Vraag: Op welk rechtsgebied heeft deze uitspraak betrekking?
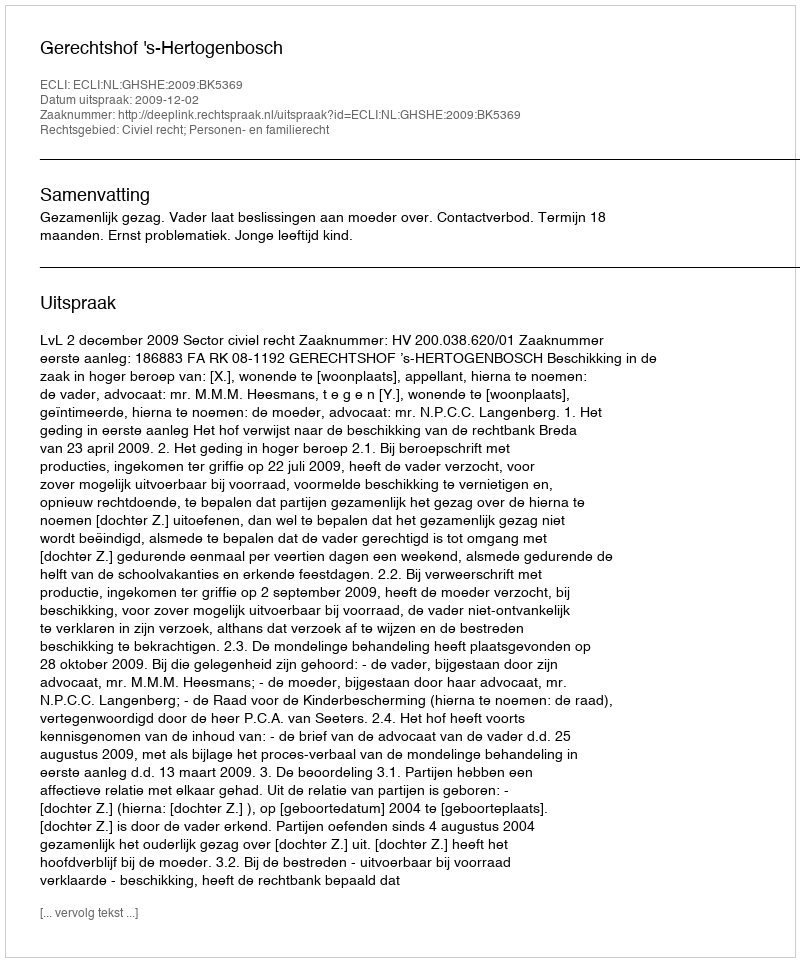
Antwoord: Civiel recht; Personen- en familierecht